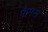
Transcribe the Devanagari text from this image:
फैमस